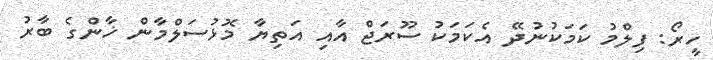
ހީރޯ: ފިލްމު ކަމަކުނުދޭ އެކަމަކު ސޫރަޖް އާއި އަތިޔާ މޮޅުސަލްމާން ޚާންގެ ބާރު